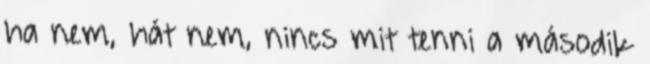
ha nem, hát nem, nincs mit tenni a második